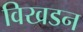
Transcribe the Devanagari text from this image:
विखडन